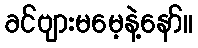
ခင်ဗျားမမေ့နဲ့နော်။